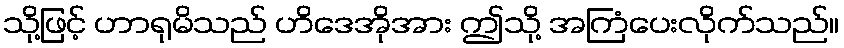
သို့ဖြင့် ဟာရုမိသည် ဟိဒေအိုအား ဤသို့ အကြံပေးလိုက်သည်။